Vaccine operations Central Provinces & Berar 1922-1929 - 1922-1929
Year: 1922
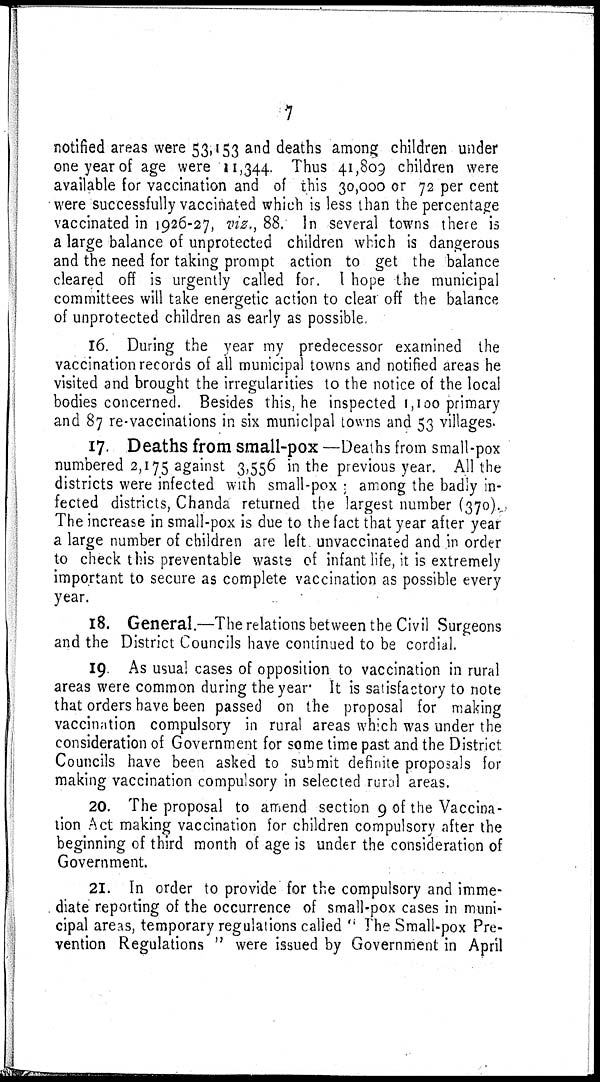
7
notified areas were 53,153 and deaths among children under
one year of age were 11,344. Thus 41,809 children were
available for vaccination and of this 30,000 or 72 per cent
were successfully vaccinated which is less than the percentage
vaccinated in 1926-27, viz., 88. In several towns there is
a large balance of unprotected children which is dangerous
and the need for taking prompt action to get the balance
cleared off is urgently called for. I hope the municipal
committees will take energetic action to clear off the balance
of unprotected children as early as possible.
16. During the year my predecessor examined the
vaccination records of all municipal towns and notified areas he
visited and brought the irregularities to the notice of the local
bodies concerned. Besides this, he inspected 1,100 primary
and 87 re-vaccinations in six municipal towns and 53 villages.
17. Deaths from small-pox —Deaths from small-pox
numbered 2,175 against 3,556 in the previous year. All the
districts were infected with small-pox ; among the badly in-
fected districts, Chanda returned the largest number (370).
The increase in small-pox is due to the fact that year after year
a large number of children are left unvaccinated and in order
to check this preventable waste of infant life, it is extremely
important to secure as complete vaccination as possible every
year.
18. General.—The relations between the Civil Surgeons
and the District Councils have continued to be cordial.
19. As usual cases of opposition to vaccination in rural
areas were common during the year. It is satisfactory to note
that orders have been passed on the proposal for making
vaccination compulsory in rural areas which was under the
consideration of Government for some time past and the District
Councils have been asked to submit definite proposals for
making vaccination compulsory in selected rural areas.
20. The proposal to amend section 9 of the Vaccina-
tion Act making vaccination for children compulsory after the
beginning of third month of age is under the consideration of
Government.
21. In order to provide for the compulsory and imme-
diate reporting of the occurrence of small-pox cases in muni-
cipal areas, temporary regulations called '' The Small-pox Pre-
vention Regulations " were issued by Government in April